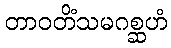
တာဝတိံသမဂစ္ဆဟံ